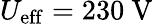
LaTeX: U_{\mathrm{eff}}=230\textrm{~V}